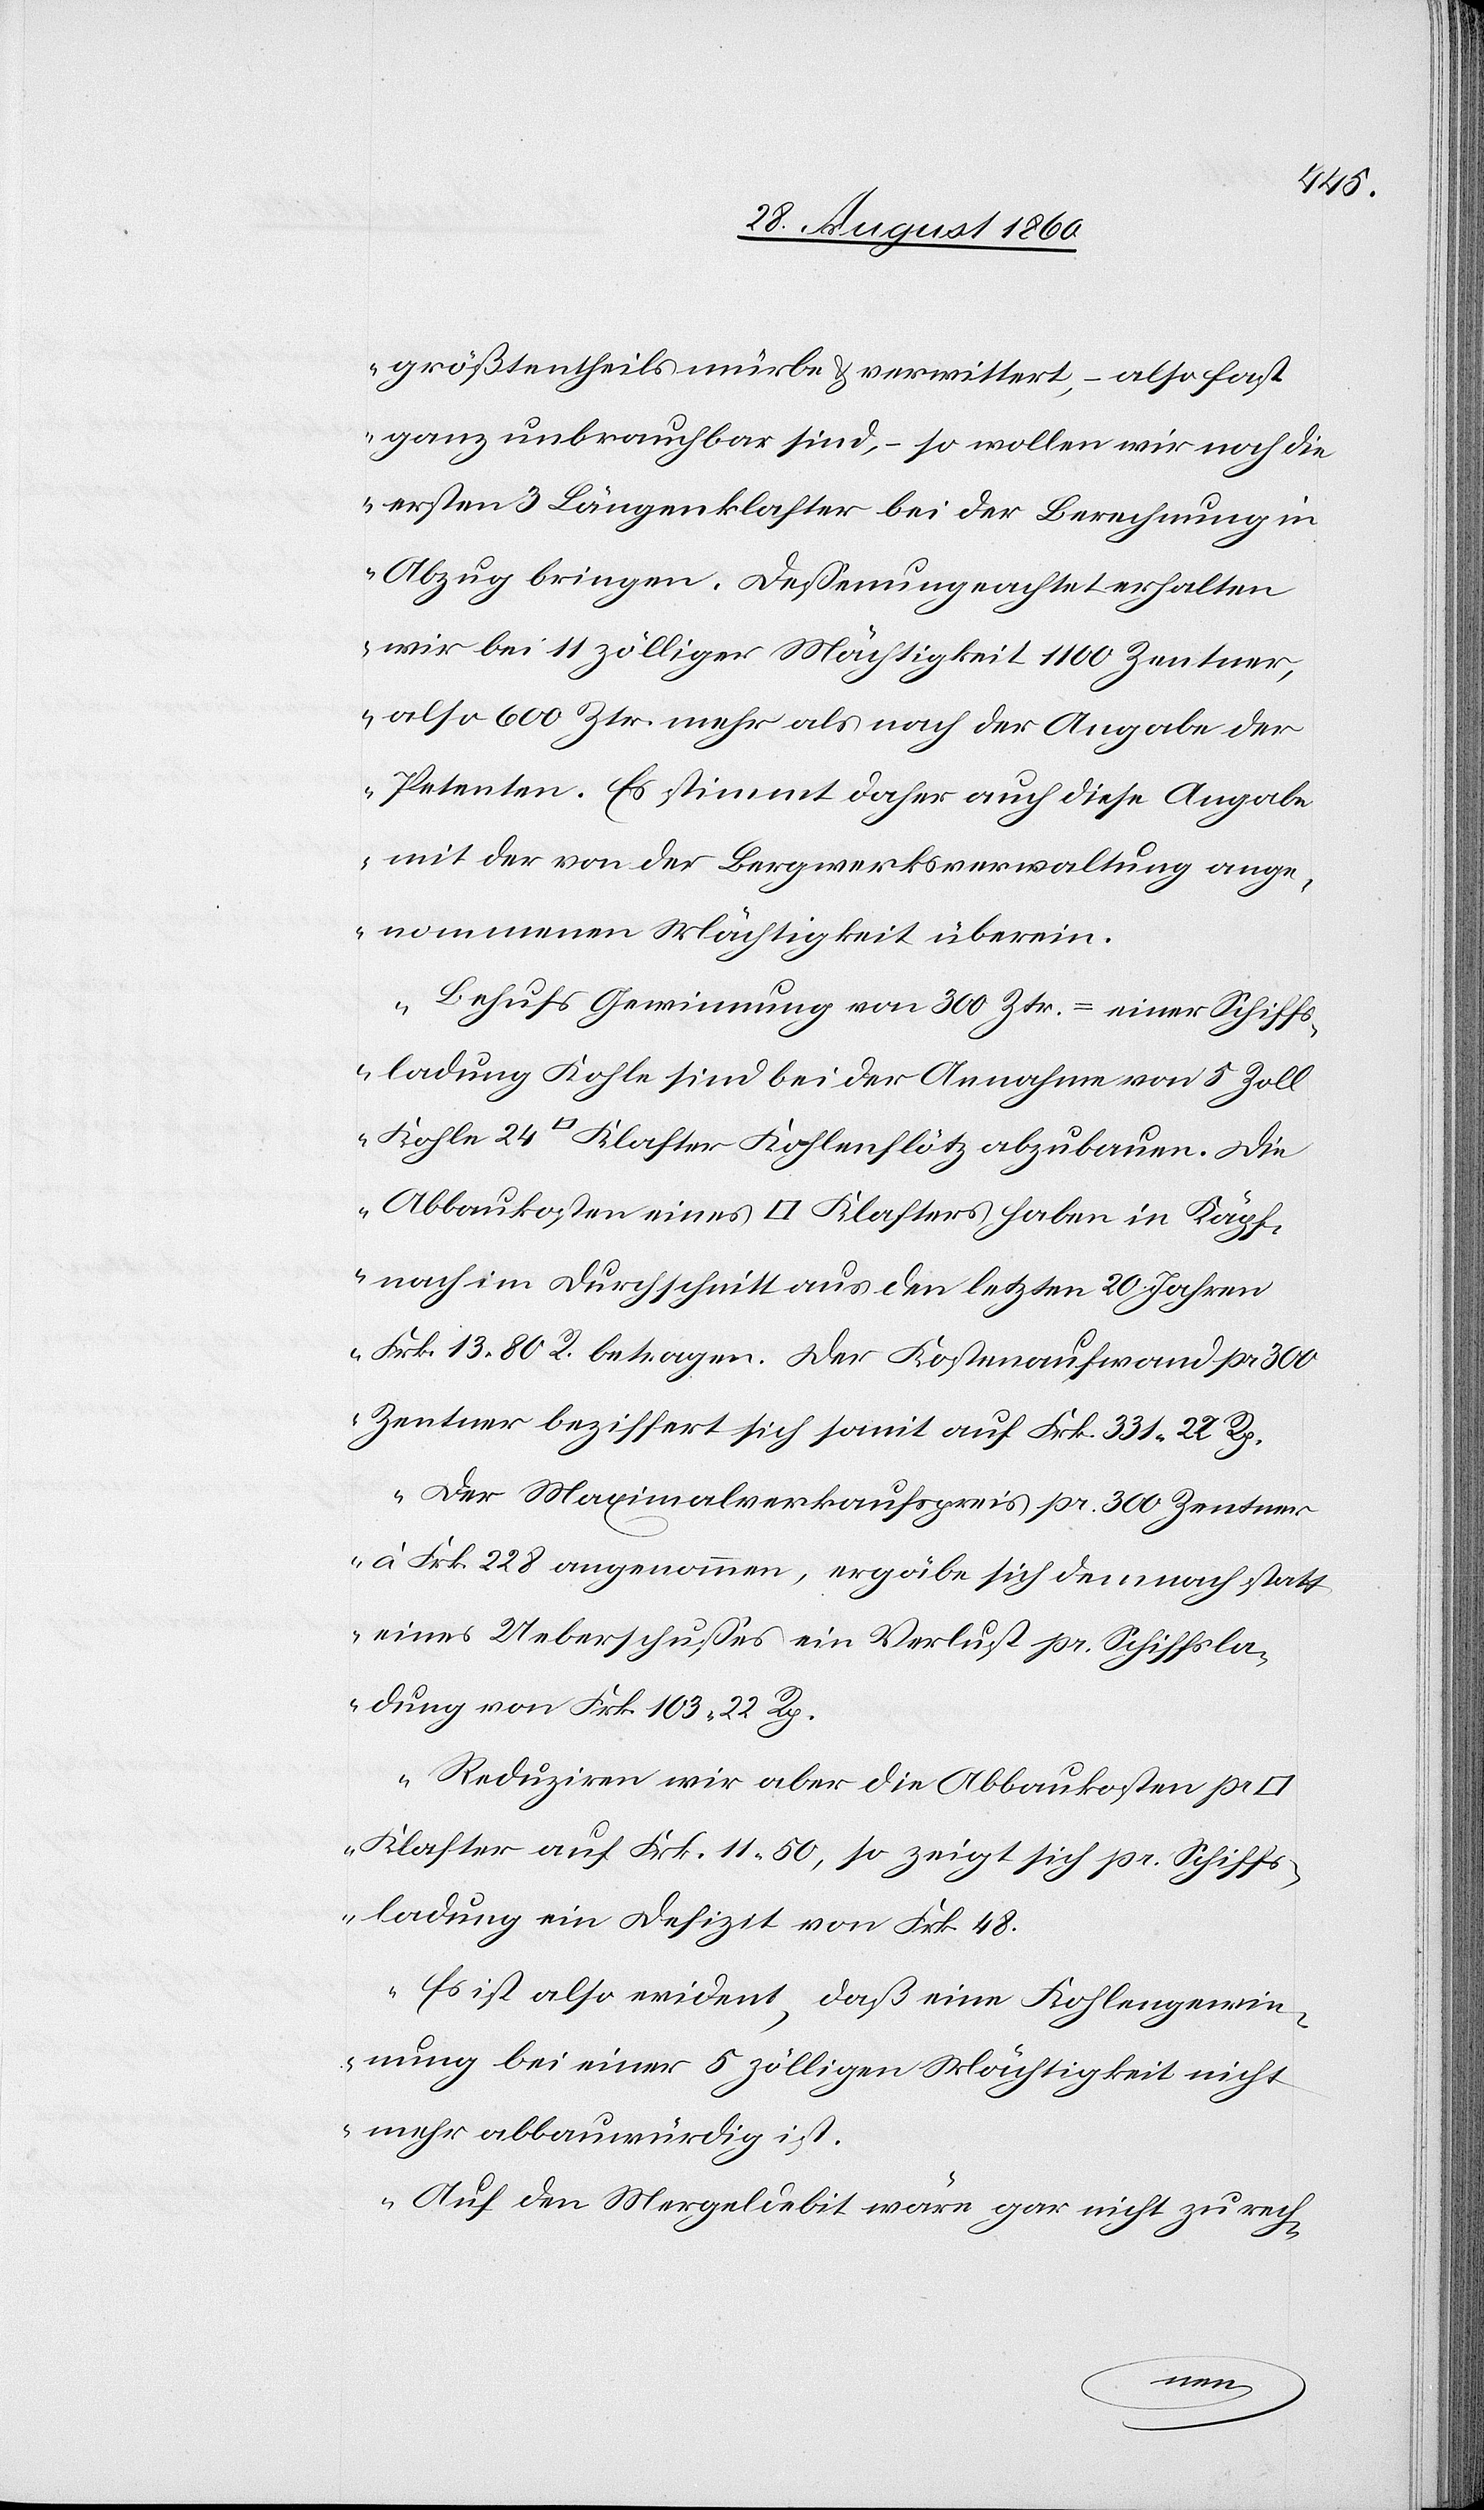
Käp¬
grösstentheils mürbe u. verwittert, also fast
ganz unbrauchbar sind, so wollen wir noch die
ersten 3 Längeklafter bei der Berechnung in
Abzug bringen. Dessen ungeachtet erhalten
wird bei 11 zölliger Mächtigkeit 1100 Centner,
also 600 Ctnr. mehr als nach der Angabe der
Petenten. Es stimmt daher auch diese Angabe
mit der von der Bergwerksverwaltung ange¬
nommenen Mächtigkeit überein.
Behufs Gewinnung von 300 Ctnr = einer Schiffs¬
ladung Kohle sind bei der Annahme von 5 Zoll
[Quadratfuss] Klafter Kohlenflötz abzubauen. Die
fnach im Durchschnitt aus den letzten 20 Jahren
fcs. 13, 80C betragen. Der Kostenaufwand pr. 300
Centner beziffert sich somit auf fcs. 331. 22C
Der Maximalverkaufspreis pr. 300 Centner
à fcs. 228 angenommen, ergäbe sich demnach statt
eines Ueberschusses ein Verlust pr. Schiffla¬
dung von fcs. 103. 22C
Reduziren wir aber die Abbaukosten pr.
Klafter auf fcs. 11. 50C, so zeigt sich pr. Schiff¬
ladung ein Defizit von fcs. 48.
Es ist also evident, dass eine Kohlengewin¬
nung bei einer 5 zölligen Mächtigkeit nicht
mehr abbauwürdig ist.
Auf den Mergeldebit wäre gar nicht zu rech-
in